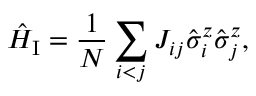
\hat { H } _ { \mathrm { I } } = \frac { 1 } { N } \sum _ { i < j } J _ { i j } \hat { \sigma } _ { i } ^ { z } \hat { \sigma } _ { j } ^ { z } ,